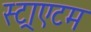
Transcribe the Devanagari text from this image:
स्ट्राएटम